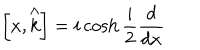
\left[ x , \stackrel { \wedge } { k } \right] = i \cosh \frac { i } { 2 } \frac { d } { d x }